Annual report on the Civil Veterinary Department, Burma (including the Insein Veterinary School) - 1910-1922
Year: 1910
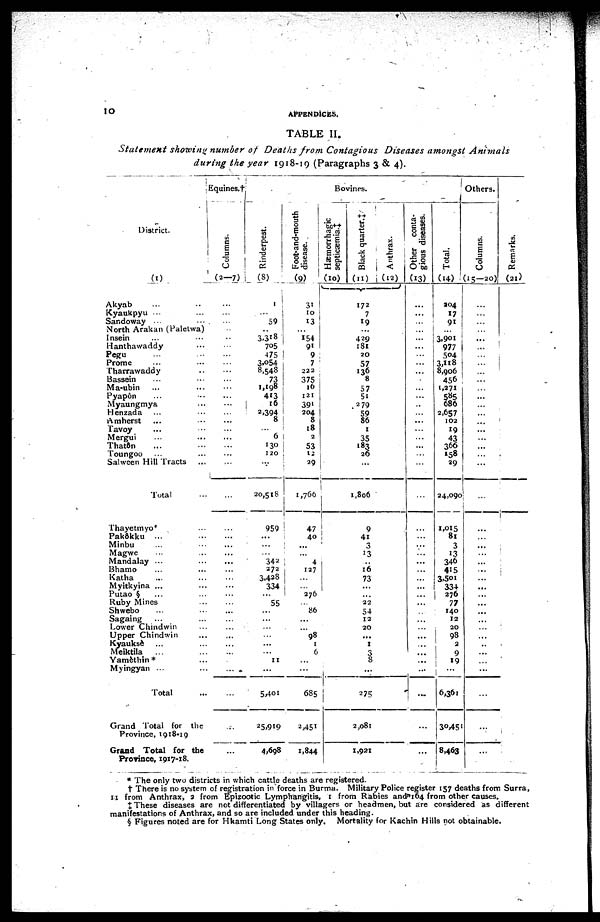
10
APPENDICES.
TABLE II.
Statement showing number of Deaths from Contagious Diseases amongst
Animals
during the year 1918-19 (Paragraphs 3 & 4).
District.
(1)
Akyab ... ...
Kyaukpyu ... ...
Sandoway ... ...
North Arakan (Paletwa)
Insein ... ...
Hanthawaddy ...
Pegu ... ...
Prome ... ...
Tharrawaddy ...
Bassein ... ...
Ma-ubin ... ...
Pyapôn ... ...
Myaungmya ...
Henzada ... ...
Amherst ... ...
Tavoy ... ...
Mergui ... ...
Thatôn ... ...
Toungoo ... ...
Salween Hill Tracts
...
Total ...
Thayetmyo* ...
Pakôkku
...
Minbu ... ...
Magwe ... ...
Mandalay ...
Bhamo ... ...
Katha ... ...
Myitkyina ...
Putao § ... ...
Ruby Mines ... ...
Shwebo ... ...
Sagaing ... ...
Lower Chindwin ...
Upper Chindwin ...
Kyauksè
...
Meiktila ... ...
Yamèthin* ...
Myingyan ...
Total ...
Grand Total for the
Province, 1918-19
Grand Total for the
Province, 1917-18.
Equines.†
Columns.
(2—7)
...
...
...
...
..
...
...
...
...
...
...
...
...
...
...
...
...
...
...
...
...
...
...
...
...
...
...
...
...
...
...
...
...
...
...
...
...
...
...
...
...
...
Bovines.
Rinderpest.
(8)
1
... 59
..
3,318
705
475
3,054
8,548
73
1,198
413
16 2,394
8
...
6
130
120
...
20,518
959
...
...
... 342
272
3,428
334
...
55
...
...
...
...
...
... 11
...
5,401
25,919
4,698
Foot-and-mouth
disease.
(9)
31
10
13
...
154
91
9
7
222
375
16
121
391
204
8
18
2
53
12
29
1,766
47
40
...
...
4
127
...
...
276
...
86
...
...
98
1
6
...
...
685
2,451
1,844
Hæmorrhagic
septicæmia.‡
(10)
...
...
...
...
...
Black quarter.‡
(11)
172
7
19
...
429
181
20
57
136
8
57
51
279
59
86
1
35
183
26
...
1,806
9
41
3
13
...
16
73
...
...
22
54
12
20
...
1
3
8
...
275
2,081
1,921
Anthrax.
(12)
...
...
...
...
...
Other conta-
gious diseases.
(13)
...
...
...
...
...
...
...
...
...
...
...
...
...
...
...
...
...
...
...
...
...
...
...
...
...
...
...
...
...
...
...
...
...
...
...
...
...
...
...
...
...
Total.
(14)
204
17
91
...
3,901
977
504
3,118
8,906
456
1,271
585
686
2,657
102
19
43
366
158
29
24,090
1,015
81
3
13
340
415
3,501
334
276
77
140
12
20
98
2
9
19
...
6,361
30,451
8,463
Others.
Columns.
(15—20)
...
...
...
...
...
...
...
...
...
...
...
...
...
...
...
...
...
...
...
...
...
...
...
...
...
...
...
...
...
...
...
...
...
...
...
...
...
...
...
...
Re ma r
ks .
(21)
* The only two districts in which cattle deaths are registered.
† There is no system of registration in force in Burma. Military Police register 157 deaths from Surra,
11 from Anthrax, 2 from Epizootic Lymphangitis, 1 from Rabies and 104 from other causes.
‡ These diseases are not differentiated by villagers or headmen, but are considered as different
manifestations of Anthrax, and so are included under this heading.
§ Figures noted are for Hkamti Long States only. Mortality for Kachin Hills not obtainable.